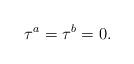
LaTeX: \begin{align*}\tau^a=\tau^b=0.\end{align*}